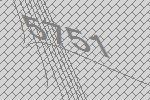
5751